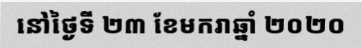
នៅថ្ងៃទី ២៣ ខែមករាឆ្នាំ ២០២០